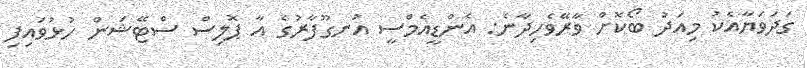
ގަަދަވަޔާއެކު މިއަދު ބޯކޮށް ވާރޭވެހިދާނެ: އެންޑީއެމްސީ އުނގޫފާރުގެ އާ ޕޮލިސް ސްޓޭޝަން ހުޅުވައިފި